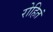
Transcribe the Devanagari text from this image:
रोहितं